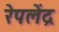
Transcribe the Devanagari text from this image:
रेपलेंद्र